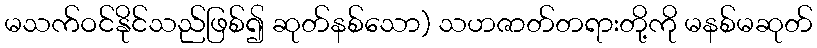
မသက်ဝင်နိုင်သည်ဖြစ်၍ ဆုတ်နစ်သော) သဟဇာတ်တရားတို့ကို မနစ်မဆုတ်